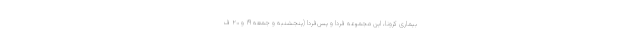
بیماری کرونا، این مجموعه فردا و پس‌فردا (پنجشنبه و جمعه ۱۹ و ۲۰ ف